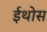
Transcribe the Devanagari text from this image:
ईथोस